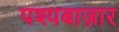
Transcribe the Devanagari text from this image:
पश्यबाज़ार